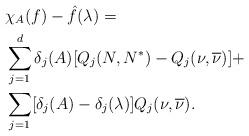
LaTeX: \begin{align*}&\chi_A (f) -\hat f(\lambda)=\\&\sum_{j=1}^d \delta_j(A) [ Q_j(N,N^*)-Q_j(\nu, \overline \nu)] +\\ & \sum_{j=1}[\delta_j(A)-\delta_j(\lambda)]Q_j(\nu, \overline \nu). \end{align*}